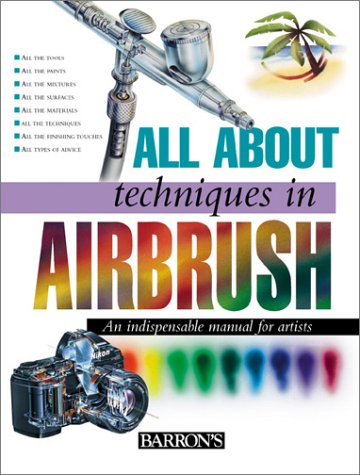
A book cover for All About Techniques in Airbrush (All About Techniques Series); Parramon's Editorial Team; Arts & Photography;